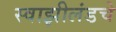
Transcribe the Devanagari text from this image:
स्वाझीलंडचे